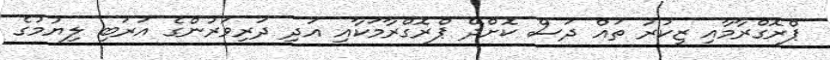
ޕްރޮގްރާމާއި ޒިކުރު ތައް ދަސް ކޮށްދޭ ޕްރޮގްރާމަކާއި އަދި ދަރިވަރުންގެ އަރަބި ލިޔުމުގެ